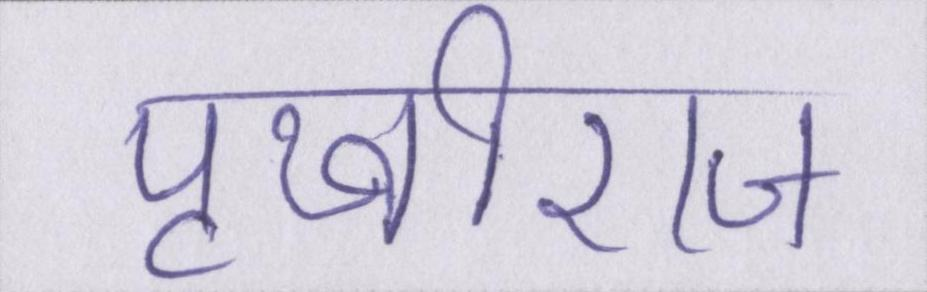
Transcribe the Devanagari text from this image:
पृथ्वीराज